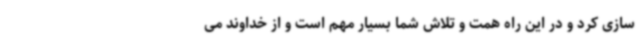
سازی کرد و در این راه همت و تلاش شما بسیار مهم است و از خداوند می